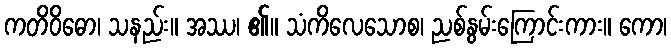
ကတိဝိဓော၊ သနည်း။ အဿ၊ ၏။ သံကိလေသောစ၊ ညစ်နွမ်းကြောင်းကား။ ကော၊